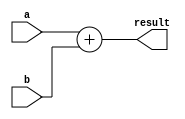
//-----------------------------------------------------------------------------
// Title         : ALU Behavioral Model
// Project       : ECE 313 - Computer Organization
//-----------------------------------------------------------------------------
// Organization  : Lafayette College
// 
//-----------------------------------------------------------------------------
// Description :
//   Behavioral model of 32-bit adder  used in the implementations of the MIPS processor
//   subset described in Ch. 5-6 of "Computer Organization and Design, 3rd ed."
//   by David Patterson & John Hennessey, Morgan Kaufmann, 2004 (COD3e).  
//
//-----------------------------------------------------------------------------

module add32(a, b, result);
  input [31:0] a, b;
  output [31:0] result;

  assign result = a + b;
endmodule